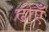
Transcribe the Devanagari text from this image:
ढोएँ